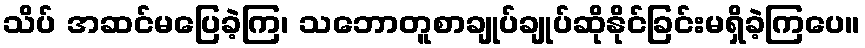
သိပ် အဆင်မပြေခဲ့ကြ၊ သဘောတူစာချုပ်ချုပ်ဆိုနိုင်ခြင်းမရှိခဲ့ကြပေ။